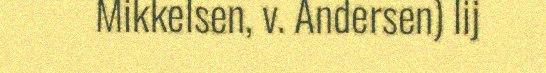
Mikkelsen, v. Andersen) lij